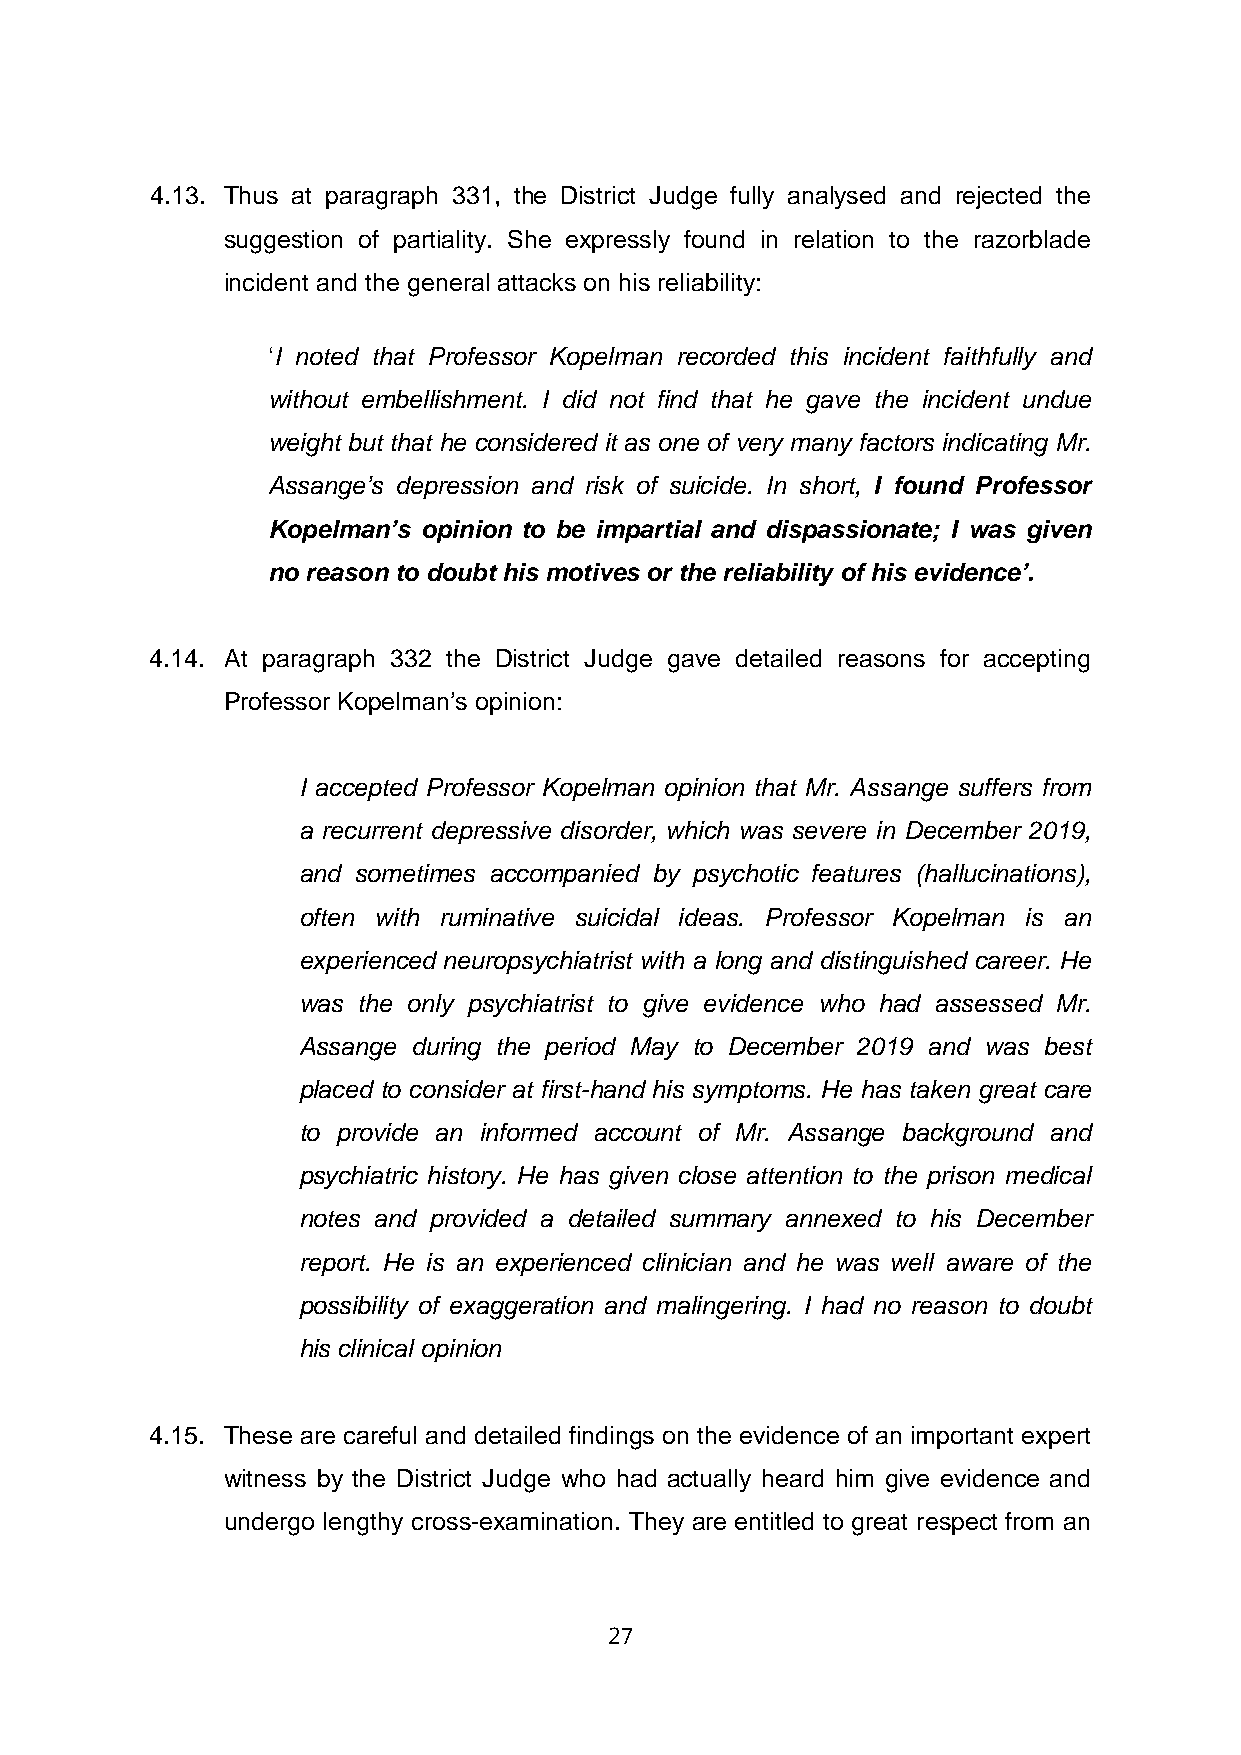
4.13. Thus at paragraph 331, the District Judge fully analysed and rejected the
 suggestion of partiality. She expressly found in relation to the razorblade
 incident and the general attacks on his reliability:
 ‘I noted that Professor Kopelman recorded this incident faithfully and
 without embellishment. I did not find that he gave the incident undue
 weight but that he considered it as one of very many factors indicating Mr.
 Assange’s depression and risk of suicide. In short, I found Professor
 Kopelman’s opinion to be impartial and dispassionate; I was given
 no reason to doubt his motives or the reliability of his evidence’.
 4.14. At paragraph 332 the District Judge gave detailed reasons for accepting
 Professor Kopelman’s opinion:
 I accepted Professor Kopelman opinion that Mr. Assange suffers from
 a recurrent depressive disorder, which was severe in December 2019,
 and sometimes accompanied by psychotic features (hallucinations),
 often with ruminative suicidal ideas. Professor Kopelman is an
 experienced neuropsychiatrist with a long and distinguished career. He
 was the only psychiatrist to give evidence who had assessed Mr.
 Assange during the period May to December 2019 and was best
 placed to consider at first-hand his symptoms. He has taken great care
 to provide an informed account of Mr. Assange background and
 psychiatric history. He has given close attention to the prison medical
 notes and provided a detailed summary annexed to his December
 report. He is an experienced clinician and he was well aware of the
 possibility of exaggeration and malingering. I had no reason to doubt
 his clinical opinion
 4.15. These are careful and detailed findings on the evidence of an important expert
 witness by the District Judge who had actually heard him give evidence and
 undergo lengthy cross-examination. They are entitled to great respect from an
 27